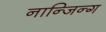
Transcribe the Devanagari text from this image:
नान्जिन्ग